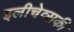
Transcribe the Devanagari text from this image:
इलीचेव्सकी